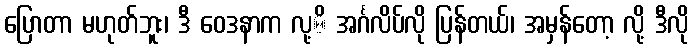
ပြောတာ မဟုတ်ဘူး၊ ဒီ ဝေဒနာက လု့ိ အင်္ဂလိပ်လို ပြန်တယ်၊ အမှန်တော့ လို့ ဒီလို